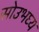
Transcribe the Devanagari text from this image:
सोउभघ्य